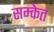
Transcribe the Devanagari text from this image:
सम्केत